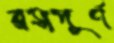
রসপূর্ণ